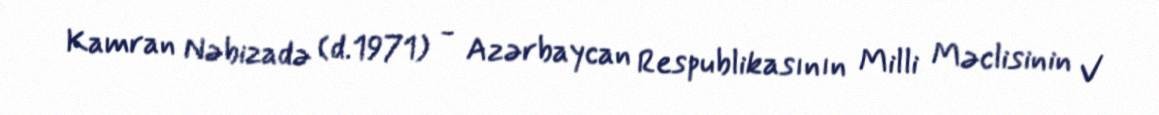
Kamran Nəbizadə (d.1971) - Azərbaycan Respublikasının Milli Məclisinin V